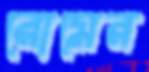
রোমের